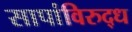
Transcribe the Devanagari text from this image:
सापांविरुद्ध